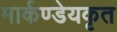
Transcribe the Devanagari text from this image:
मार्कण्डेयकृत